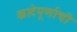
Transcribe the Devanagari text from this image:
काटेपूर्णाची